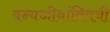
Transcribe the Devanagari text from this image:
वन्यजीवांविषयी